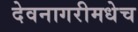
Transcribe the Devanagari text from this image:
देवनागरीमधेच